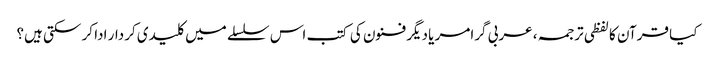
کیا قرآن کا لفظی ترجمہ، عربی گرامر یا دیگر فنون کی کتب اس سلسلے میں کلیدی کردار ادا کر سکتی ہیں؟